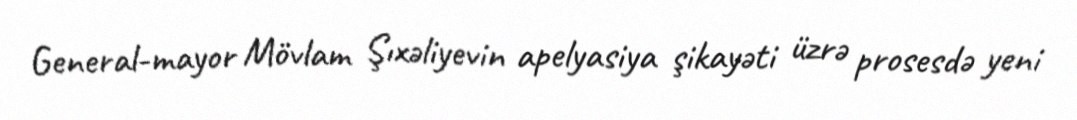
General-mayor Mövlam Şıxəliyevin apelyasiya şikayəti üzrə prosesdə yeni